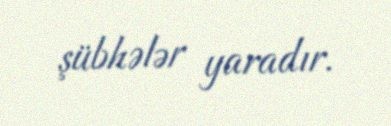
şübhələr yaradır.